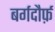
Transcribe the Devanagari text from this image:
बर्गदौर्फ़